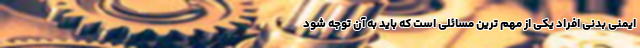
ایمنی بدنی افراد یکی از مهم ترین مسائلی است که باید به آن توجه شود